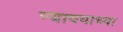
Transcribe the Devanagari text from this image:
न्यावयाच्या